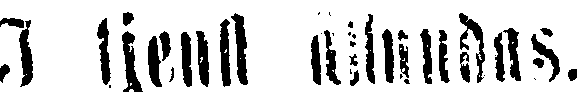
I tjenst allundas.